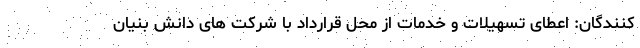
کنندگان: اعطای تسهیلات و خدمات از محل قرارداد با شرکت های دانش بنیان